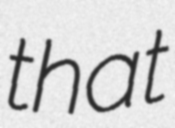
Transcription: that